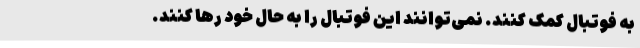
به فوتبال کمک کنند. نمی‌توانند این فوتبال را به حال خود رها کنند.